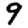
Digit: 9